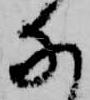
な